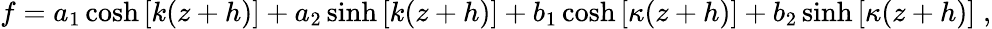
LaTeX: \begin{array}{r}{f=a_{1}\cosh\left[k(z+h)\right]+a_{2}\sinh\left[k(z+h)\right]+b_{1}\cosh\left[\kappa(z+h)\right]+b_{2}\sinh\left[\kappa(z+h)\right]\; ,}\end{array}